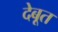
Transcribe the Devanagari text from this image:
देबूत